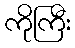
ကိုကြီး